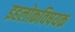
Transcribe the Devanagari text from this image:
इहलोकविषयक